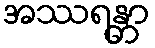
အဿရန္တာ